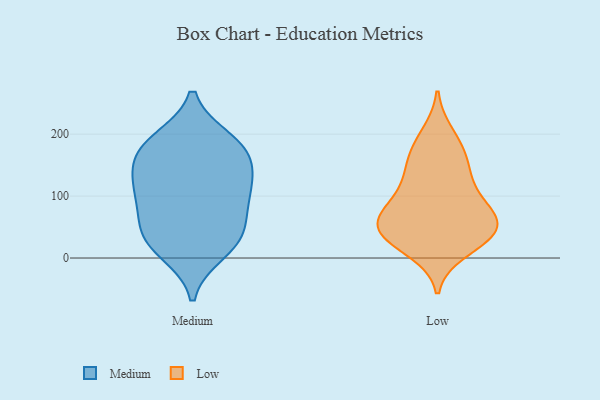
{"axis": {"x": "Bounce Rate (%)", "y": "Value"}, "legend": ["Low", "Medium"], "data": [{"x": "", "y": 152, "type": "Medium"}, {"x": "", "y": 10, "type": "Medium"}, {"x": "", "y": 178, "type": "Medium"}, {"x": "", "y": 184, "type": "Medium"}, {"x": "", "y": 112, "type": "Medium"}, {"x": "", "y": 114, "type": "Medium"}, {"x": "", "y": 66, "type": "Medium"}, {"x": "", "y": 190, "type": "Medium"}, {"x": "", "y": 117, "type": "Medium"}, {"x": "", "y": 163, "type": "Medium"}, {"x": "", "y": 26, "type": "Medium"}, {"x": "", "y": 34, "type": "Medium"}, {"x": "", "y": 38, "type": "Medium"}, {"x": "", "y": 89, "type": "Medium"}, {"x": "", "y": 179, "type": "Low"}, {"x": "", "y": 139, "type": "Low"}, {"x": "", "y": 13, "type": "Low"}, {"x": "", "y": 30, "type": "Low"}, {"x": "", "y": 98, "type": "Low"}, {"x": "", "y": 159, "type": "Low"}, {"x": "", "y": 199, "type": "Low"}, {"x": "", "y": 55, "type": "Low"}, {"x": "", "y": 83, "type": "Low"}, {"x": "", "y": 56, "type": "Low"}, {"x": "", "y": 87, "type": "Low"}, {"x": "", "y": 45, "type": "Low"}, {"x": "", "y": 35, "type": "Low"}, {"x": "", "y": 133, "type": "Low"}, {"x": "", "y": 60, "type": "Low"}, {"x": "", "y": 40, "type": "Low"}]}